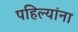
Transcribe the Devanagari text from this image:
पहिल्यांना